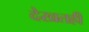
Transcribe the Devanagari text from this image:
देखतही